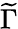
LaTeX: \widetilde{\Gamma}